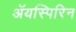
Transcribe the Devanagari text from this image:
ॲयस्पिरिन